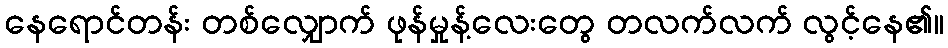
နေရောင်တန်း တစ်လျှောက် ဖုန်မှုန့်လေးတွေ တလက်လက် လွင့်နေ၏။